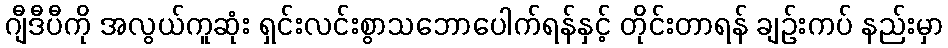
ဂျီဒီပီကို အလွယ်ကူဆုံး ရှင်းလင်းစွာသဘောပေါက်ရန်နှင့် တိုင်းတာရန် ချဉ်းကပ် နည်းမှာ